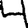
Digit: 4